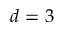
d = 3